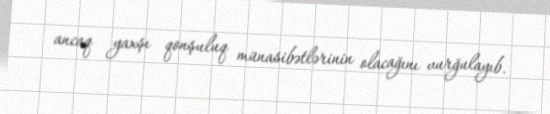
ancaq yaxşı qonşuluq münasibətlərinin olacağını vurğulayıb.